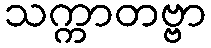
သက္ကာတဗ္ဗာ